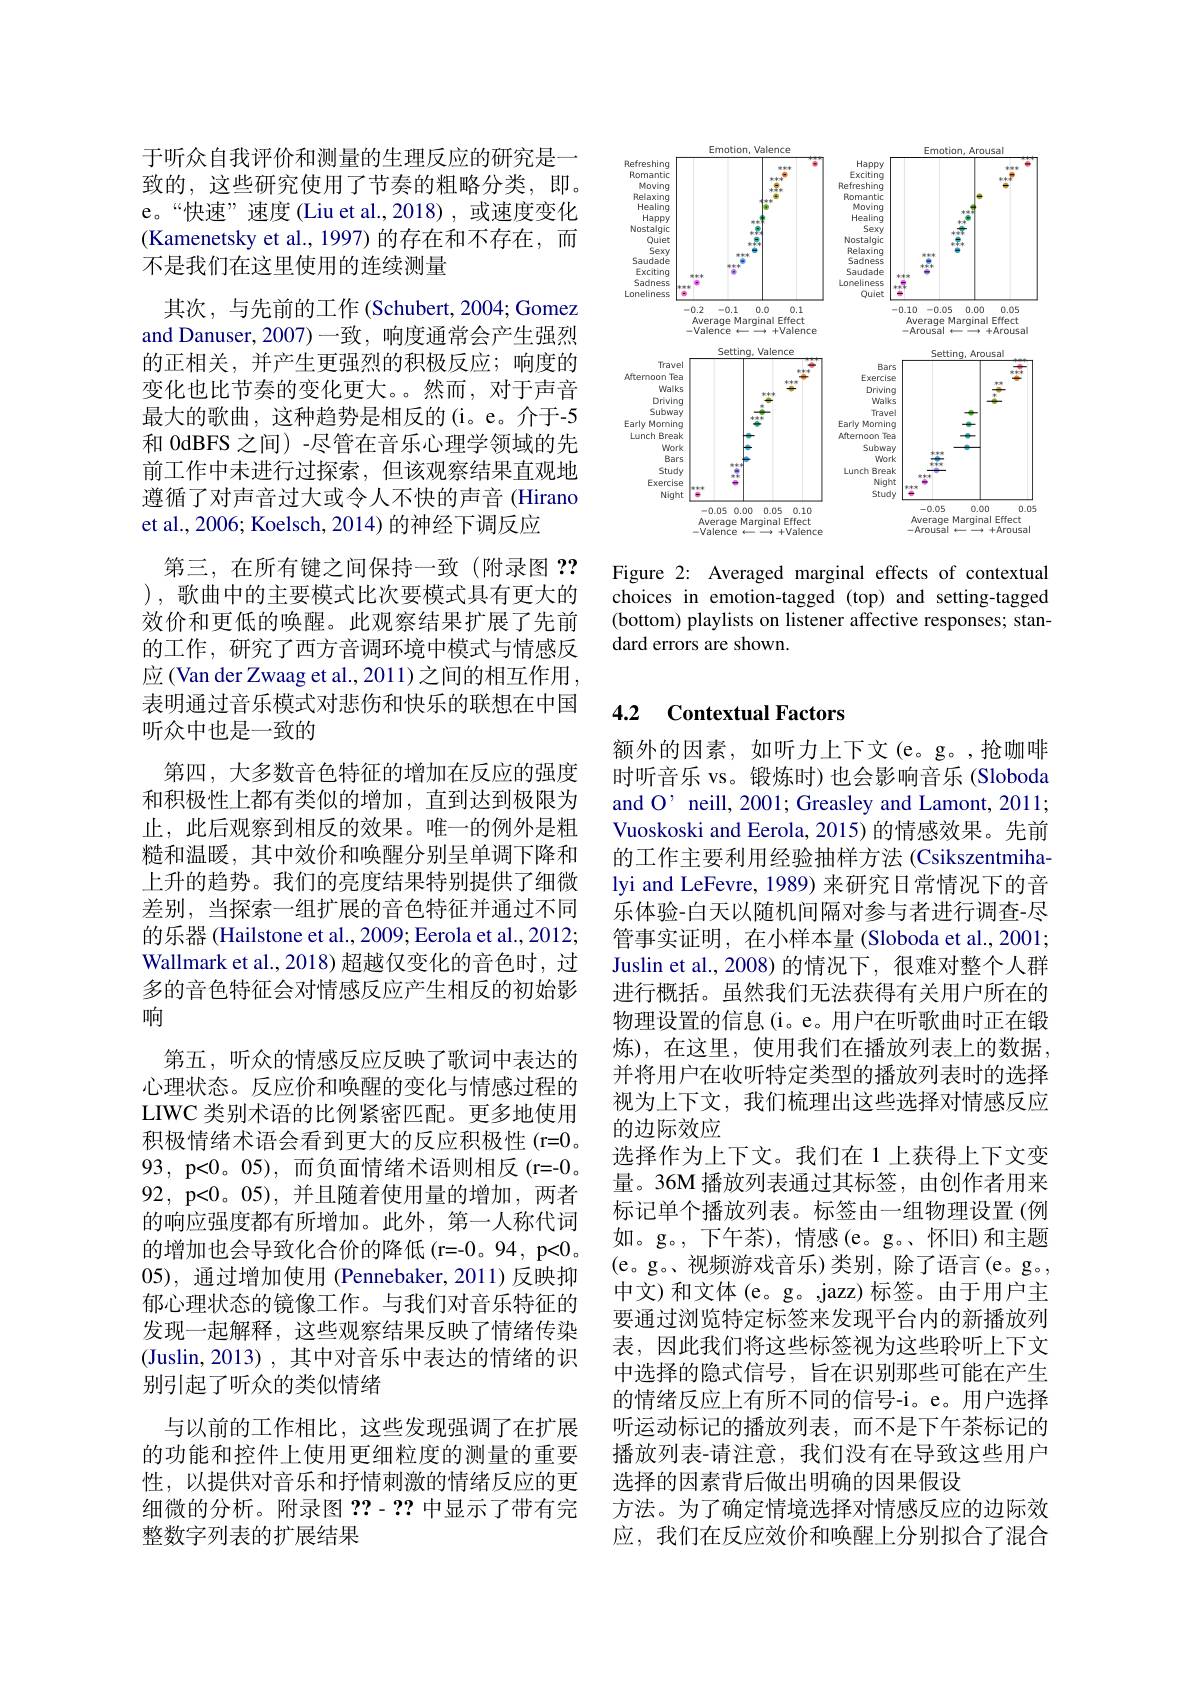
<FigureHere>

Figure 2: Averaged marginal effects of contextual choices in emotion-tagged (top) and setting-tagged (bottom) playlists on listener affective responses; standard errors are shown.

于听众自我评价和测量的生理反应的研究是一致的，这些研究使用了节奏的粗略分类，即。e。“快速” 速度(Liu et al.,2018),或速度变化(Kamenetsky et al., 1997) 的存在和不存在，而不是我们在这里使用的连续测量
其次，与先前的工作(Schubert,2004;Gomez and Danuser, 2007)一致，响度通常会产生强烈的正相关，并产生更强烈的积极反应；响度的变化也比节奏的变化更大。然而，对于声音最大的歌曲，这种趋势是相反的(i。e。介于-5和 0dBFS 之间) -尽管在音乐心理学领域的先前工作中未进行过探索，但该观察结果直观地遵循了对声音过大或令人不快的声音 (Hirano et al., 2006; Koelsch, 2014) 的神经下调反应
第三，在所有键之间保持一致(附录图？? ), 歌曲中的主要模式比次要模式具有更大的效价和更低的唤醒。此观察结果扩展了先前的工作，研究了西方音调环境中模式与情感反应(Van der Zwaag et al., 2011)之间的相互作用， 表明通过音乐模式对悲伤和快乐的联想在中国听众中也是一致的
第四，大多数音色特征的增加在反应的强度和积极性上都有类似的增加，直到达到极限为止，此后观察到相反的效果。唯一的例外是粗糙和温暖，其中效价和唤醒分别呈单调下降和上升的趋势。我们的亮度结果特别提供了细微差别，当探索一组扩展的音色特征并通过不同的乐器 (Hailstone et al., 2009; Eerola et al., 2012; Wallmark et al., 2018) 超越仅变化的音色时，过多的音色特征会对情感反应产生相反的初始影响
第五，听众的情感反应反映了歌词中表达的心理状态。反应价和唤醒的变化与情感过程的LIWC 类别术语的比例紧密匹配。更多地使用积极情绪术语会看到更大的反应积极性(r=0。93, p<0。05), 而负面情绪术语则相反(r=-092, p<0。05),并且随着使用量的增加，两者的响应强度都有所增加。此外，第一人称代词的增加也会导致化合价的降低(r=-0。94,p<0。05), 通过增加使用 (Pennebaker,2011)反映抑郁心理状态的镜像工作。与我们对音乐特征的发现一起解释，这些观察结果反映了情绪传染(Juslin,2013),其中对音乐中表达的情绪的识别引起了听众的类似情绪
与以前的工作相比，这些发现强调了在扩展的功能和控件上使用更细粒度的测量的重要性，以提供对音乐和抒情刺激的情绪反应的更细微的分析。附录图？?-2?中显示了带有完整数字列表的扩展结果

### 4.2 Contextual Factors

额外的因素，如听力上下文(e。g。,抢咖啡时听音乐 vs。锻炼时) 也会影响音乐 (Sloboda and O’ neill, 2001; Greasley and Lamont, 2011; Vuoskoski and Eerola, 2015) 的情感效果。先前的工作主要利用经验抽样方法 (Csikszentmihalyi and LeFevre, 1989) 来研究日常情况下的音乐体验-白天以随机间隔对参与者进行调查-尽管事实证明，在小样本量(Sloboda et al., 2001; Juslin et al., 2008)的情况下，很难对整个人群进行概括。虽然我们无法获得有关用户所在的物理设置的信息(i。e。用户在听歌曲时正在锻炼),在这里，使用我们在播放列表上的数据， 并将用户在收听特定类型的播放列表时的选择视为上下文，我们梳理出这些选择对情感反应的边际效应
选择作为上下文。我们在 1 上获得上下文变量。36M 播放列表通过其标签，由创作者用来标记单个播放列表。标签由一组物理设置(例如。g。,下午茶),情感(e。g。、怀旧)和主题(e。g。、视频游戏音乐)类别，除了语言(e。g。, 中文)和文体(e。g。,jazz)标签。由于用户主要通过浏览特定标签来发现平台内的新播放列表，因此我们将这些标签视为这些聆听上下文中选择的隐式信号，旨在识别那些可能在产生的情绪反应上有所不同的信号-i。e。用户选择听运动标记的播放列表，而不是下午茶标记的播放列表-请注意，我们没有在导致这些用户选择的因素背后做出明确的因果假设
方法。为了确定情境选择对情感反应的边际效应，我们在反应效价和唤醒上分别拟合了混合